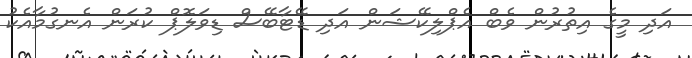
އަދި މީގެ އިތުރުން ވެބް އެޕްލިކޭޝަން އަދި ޑޭޓާބޭސް ޑިވަލޮޕް ކުރަން އެނގުމާއެކު